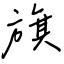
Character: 旗